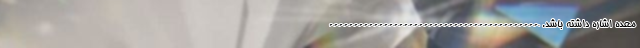
معده اشاره داشته باشد. ------------------------------------------